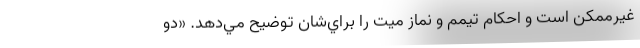
غيرممكن است و احكام تيمم و نماز ميت را براي‌شان توضيح مي‌دهد. «دو